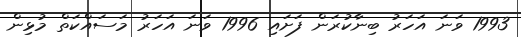
1993 ވަނަ އަހަރު ބިނާކުރަން ފަށައި 1996 ވަނަ އަހަރު މަސައްކަތް މުޅިން